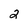
Character: 2